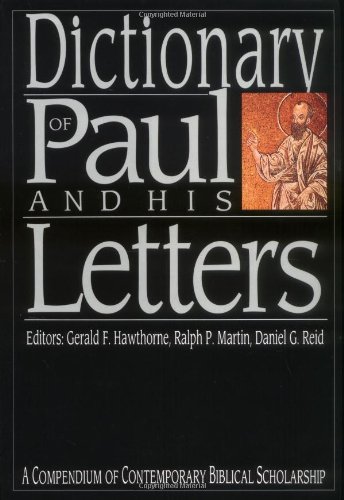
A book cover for Dictionary of Paul and His Letters (The IVP Bible Dictionary Series); Christian Books & Bibles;